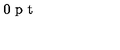
\vspace { 3 0 p t } \special { p s f i l e = 3 - 7 . p s }